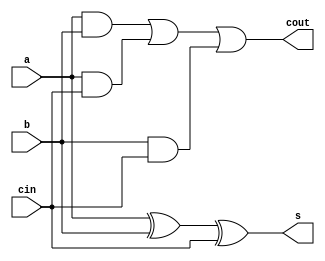
module one_bit_adder (input a, input b, input cin, output s, output cout);
    assign s = (a ^ b) ^ cin;
    assign cout = (a && b) || (a && cin) || (b && cin);
endmodule